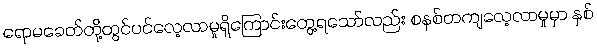
ရောမခေတ်တို့တွင်ပင်လေ့လာမှုရှိကြောင်းတွေ့ရသော်လည်း စနစ်တကျလေ့လာမှုမှာ နှစ်